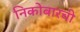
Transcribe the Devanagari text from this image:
निकोबारची